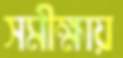
সমীক্ষায়